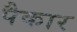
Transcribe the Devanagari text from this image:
पैकार